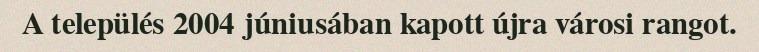
A település 2004 júniusában kapott újra városi rangot.